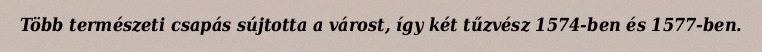
Több természeti csapás sújtotta a várost, így két tűzvész 1574-ben és 1577-ben.